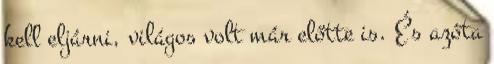
kell eljárni, világos volt már előtte is. És azóta